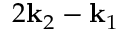
2 \mathbf { k } _ { 2 } - \mathbf { k } _ { 1 }